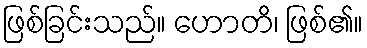
ဖြစ်ခြင်းသည်။ ဟောတိ၊ ဖြစ်၏။